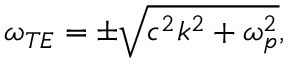
\omega _ { T E } = \pm \sqrt { c ^ { 2 } k ^ { 2 } + \omega _ { p } ^ { 2 } } ,